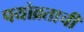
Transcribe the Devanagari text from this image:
पयोव्रताची